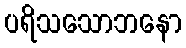
ပရိသသောဘနော